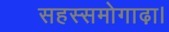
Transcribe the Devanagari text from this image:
सहस्समोगाढ़ा।